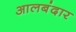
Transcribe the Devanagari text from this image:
आलबंदार